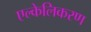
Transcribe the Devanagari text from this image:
एल्केलिकरण